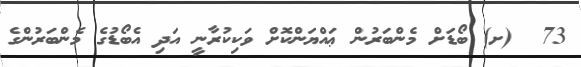
73  (ށ) ބޯޑަށް މެންބަރުން ޢައްޔަންކޮށް ވަކިކުރާނީ އަދި އެބޯޑުގެ މެންބަރުންގެ